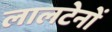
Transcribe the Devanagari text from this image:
लालटेनों